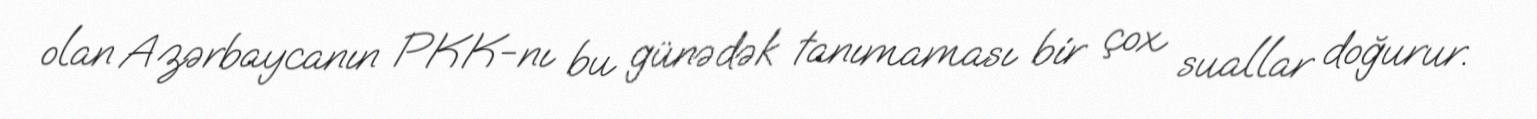
olan Azərbaycanın PKK-nı bu günədək tanımaması bir çox suallar doğurur.